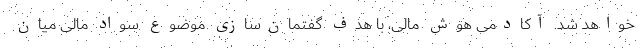
خواهد شد. آکادمی هوش مالی، با هدف گفتمان‌سازی موضوع سواد مالی میان